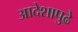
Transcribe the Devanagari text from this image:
आदेशापुढे